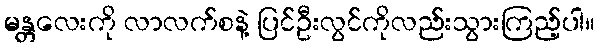
မန္တလေးကို လာလက်စနဲ့ ပြင်ဦးလွင်ကိုလည်းသွားကြည့်ပါ။